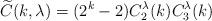
LaTeX: \begin{align*}\widetilde{C}(k,\lambda)=(2^k-2)C_2^\lambda(k) C_3^\lambda(k) \end{align*}